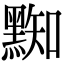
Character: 𪑜